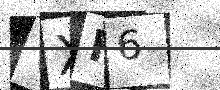
Text: VXF6